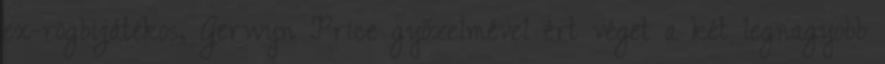
ex-rögbijátékos, Gerwyn Price győzelmével ért véget a két legnagyobb